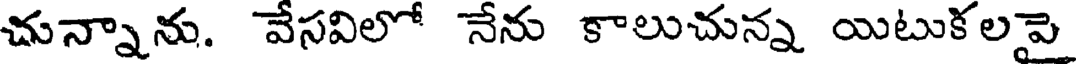
చున్నాను. వేసవిలో నేను కాలుచున్న యిటుకలపై